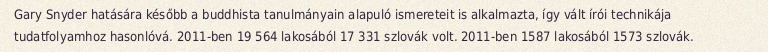
Gary Snyder hatására később a buddhista tanulmányain alapuló ismereteit is alkalmazta, így vált írói technikája tudatfolyamhoz hasonlóvá. 2011-ben 19 564 lakosából 17 331 szlovák volt. 2011-ben 1587 lakosából 1573 szlovák.